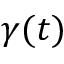
\gamma ( t )